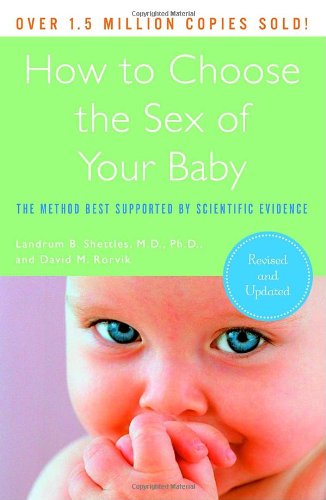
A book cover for How to Choose the Sex of Your Baby: Fully revised and updated; Landrum B. Shettles; Parenting & Relationships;